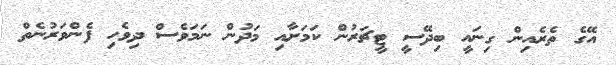
އޭގެ ތެރެއިން ގިނައީ ބިދޭސީ ޓީޗަރުން ކަމަށާއި މަދުން ނަމަވެސް ދިވެހި ފެންވަރުނެތް